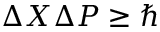
\Delta X \Delta P \geq \hbar